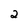
Character: 2